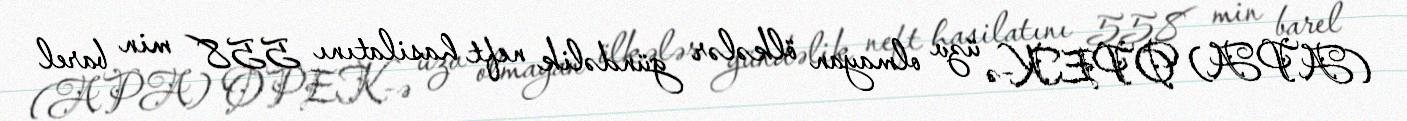
(APA) OPEK-ə üzv olmayan ölkələr gündəlik neft hasilatını 558 min barel